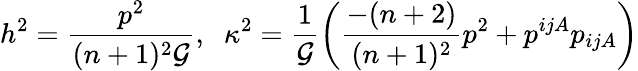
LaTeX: h^{2}=\frac{p^{2}}{(n+1)^{2}{\cal G}},\; \; \kappa^{2}=\frac{1}{{\cal G}}\left(\frac{-(n+2)}{(n+1)^{2}}p^{2}+p^{ijA}p_{ijA}\right)